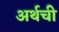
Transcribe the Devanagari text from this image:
अर्थची